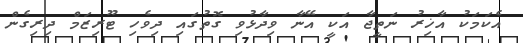
އެކަމަކު އާޚިރު ނަތީޖާ އަކީ އޭނާ ވިދާޅުވި ގޮތުގައި ދިވެހި ޓޫރިޒަމް ދިރިގެން